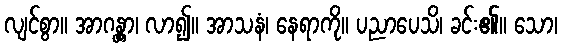
လျင်စွာ။ အာဂန္တွာ၊ လာ၍။ အာသနံ၊ နေရာကို။ ပညာပေသိ၊ ခင်း၏။ သော၊